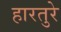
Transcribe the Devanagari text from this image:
हारतुरे